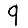
Digit: 9